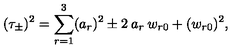
( \tau _ { \pm } ) ^ { 2 } = \sum _ { r = 1 } ^ { 3 } ( a _ { r } ) ^ { 2 } \pm 2 \: a _ { r } \: w _ { r 0 } + ( w _ { r 0 } ) ^ { 2 } ,